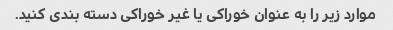
موارد زیر را به عنوان خوراکی یا غیر خوراکی دسته بندی کنید.